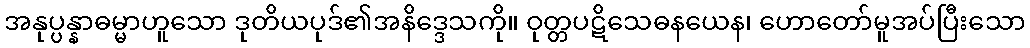
အနုပ္ပန္နာဓမ္မာဟူသော ဒုတိယပုဒ်၏အနိဒ္ဒေသကို။ ဝုတ္တပဋိသေဓနယေန၊ ဟောတော်မူအပ်ပြီးသော